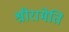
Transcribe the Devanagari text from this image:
श्रीरामेति